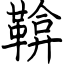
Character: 鞥